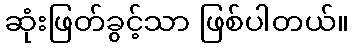
ဆုံးဖြတ်ခွင့်သာ ဖြစ်ပါတယ်။